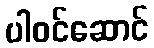
ပါဝင်ဆောင်